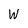
Character: W